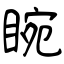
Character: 睕